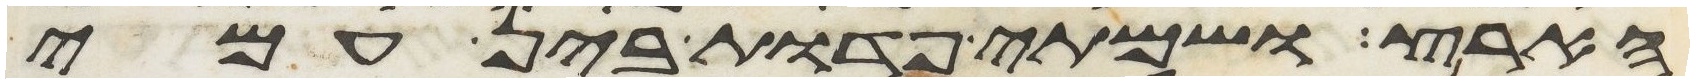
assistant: הארץ ושמתי פדות בין עמי